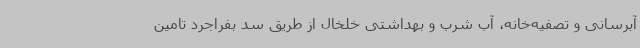
آبرسانی و تصفیه‌خانه، آب شرب و بهداشتی خلخال از طریق سد بفراجرد تامین